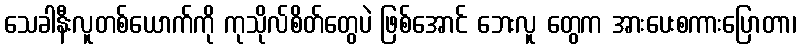
သေခါနီးလူတစ်ယောက်ကို ကုသိုလ်စိတ်တွေပဲ ဖြစ်အောင် ဘေးလူ တွေက အားပေးစကားပြောတာ၊